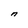
Character: n